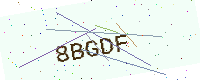
Text: 8BGDF